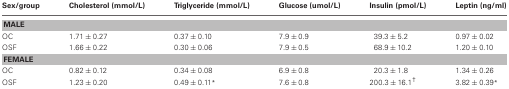
<table><thead><tr><td><b>Sex/group</b></td><td><b>Cholesterol (mmol/L)</b></td><td><b>Triglyceride (mmol/L)</b></td><td><b>Glucose (umol/L)</b></td><td><b>Insulin (pmol/L)</b></td><td><b>Leptin (ng/ml)</b></td></tr></thead><tbody><tr><td colspan="6"><b>MALE</b></td></tr><tr><td>OC</td><td>1.71 ± 0.27</td><td>0.37 ± 0.10</td><td>7.9 ± 0.9</td><td>39.3 ± 5.2</td><td>0.97 ± 0.02</td></tr><tr><td>OSF</td><td>1.66 ± 0.22</td><td>0.30 ± 0.06</td><td>7.9 ± 0.5</td><td>68.9 ± 10.2</td><td>1.20 ± 0.10</td></tr><tr><td colspan="6"><b>FEMALE</b></td></tr><tr><td>OC</td><td>0.82 ± 0.12</td><td>0.34 ± 0.08</td><td>6.9 ± 0.8</td><td>20.3 ± 1.8</td><td>1.34 ± 0.26</td></tr><tr><td>OSF</td><td>1.23 ± 0.20</td><td>0.49 ± 0.11<sup>*</sup></td><td>7.6 ± 0.8</td><td>200.3 ± 16.1<sup>†</sup></td><td>3.82 ± 0.39<sup>*</sup></td></tr></tbody></table>